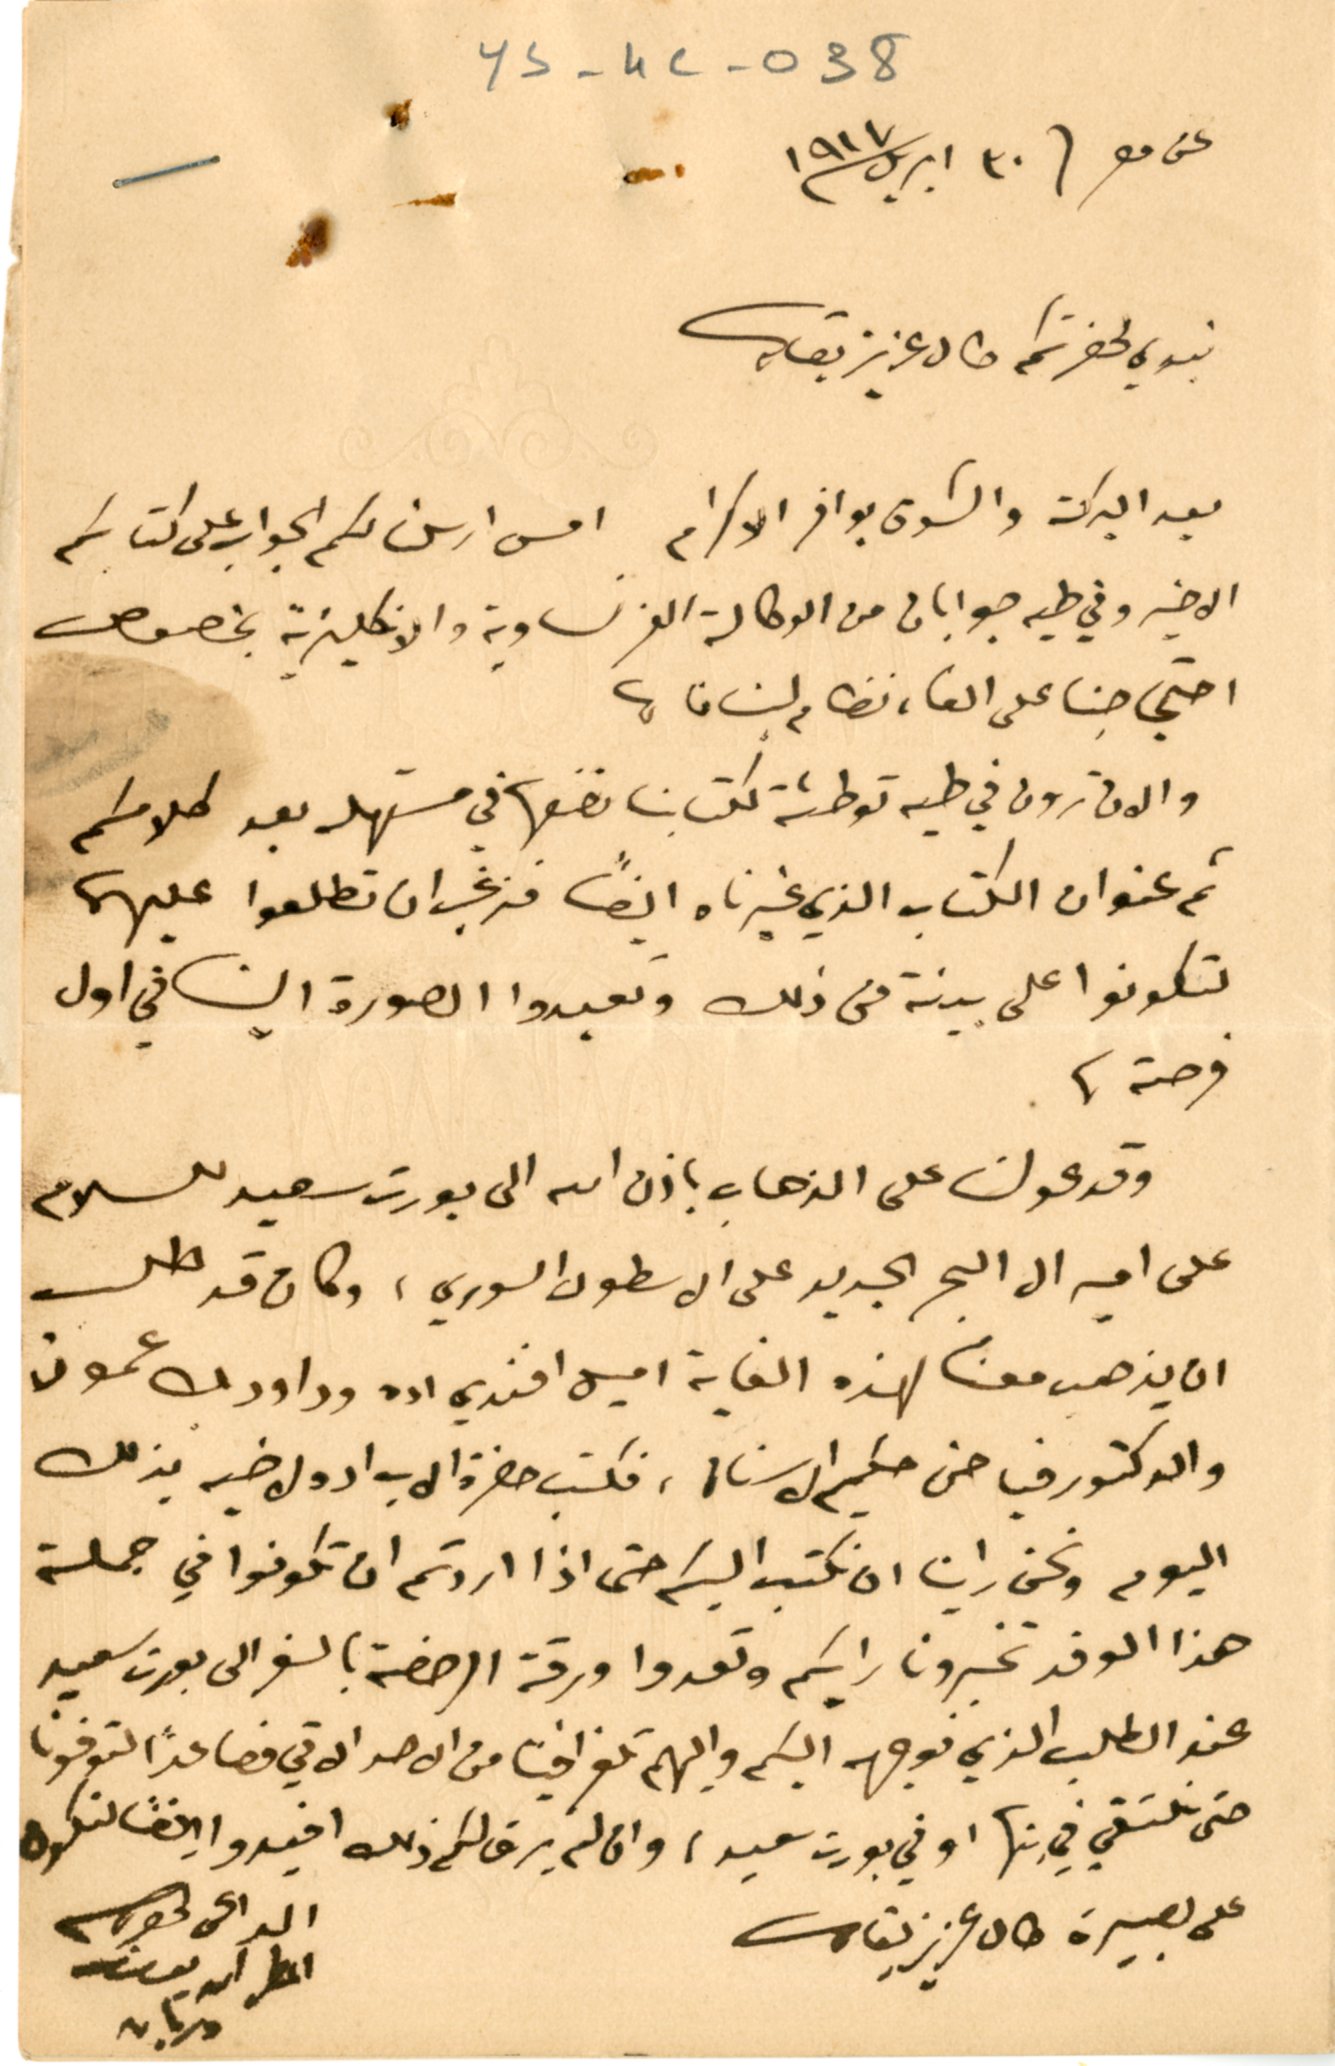
ys-4c-038
عن مصر ٣٠ ابريل  ١٩١٧
نبدي لحضرتكم طال عزيز بقاه
بعد البركة والشوق بوافر الاكرام امس ارسلنا لكم الجواب على كتابكم
الاخير وفي طيه جوابان من الوكالة الفرنساوية والانكليزية بخصوص
احتجاجنا على الغاء نظام لبنان،
والان ترون في طيه توطئة لكتابنا نضعها في مستهله بعد كلامكم
ثم عنوان الكتاب الذي غيرناه ايضًا فنرغب ان تطلعوا عليهما
لتكونوا على بينة من ذلك وتعيدوا الصورة الينا في اول
فرصة.
وقد عولنا على الذهاب باذن الله الى بورت سعيد للسلام
على اميرال البحر الجديد على الاسطول السوري، وكان قد طلب
ان يذهب معنا لهذه الغاية اميل افندي اده وداود بك عمون
والدكتور فياض حكيم الاسنان، فكتب حضرة الاب اده لاخيه بذلك
اليوم ونحن راينا ان نكتب اليكم حتى اذا اردتم ان تكونوا في جملة
هذا الوفد تخبرونا رايكم وتعدوا ورقة الرخضة بالسفر الى بورت سعيد
عند الطلب الذي نوجهه اليكم واليهم تلغرافيًا من الاحد الاتي فصاعدًا لتوفونا
حتى نلتقي في شبرا او في بورت سعيد، وان لم يرق لكم ذلك افيدوا يضًا لنكون
على بصيرة طال عزيز بقاك
الداعى المطران يوسف دريان